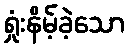
ရှုံးနိမ့်ခဲ့သော